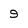
Character: 9